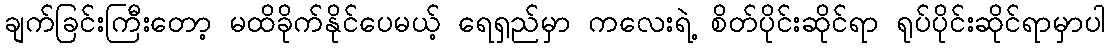
ချက်ခြင်းကြီးတော့ မထိခိုက်နိုင်ပေမယ့် ရေရှည်မှာ ကလေးရဲ့ စိတ်ပိုင်းဆိုင်ရာ ရုပ်ပိုင်းဆိုင်ရာမှာပါ